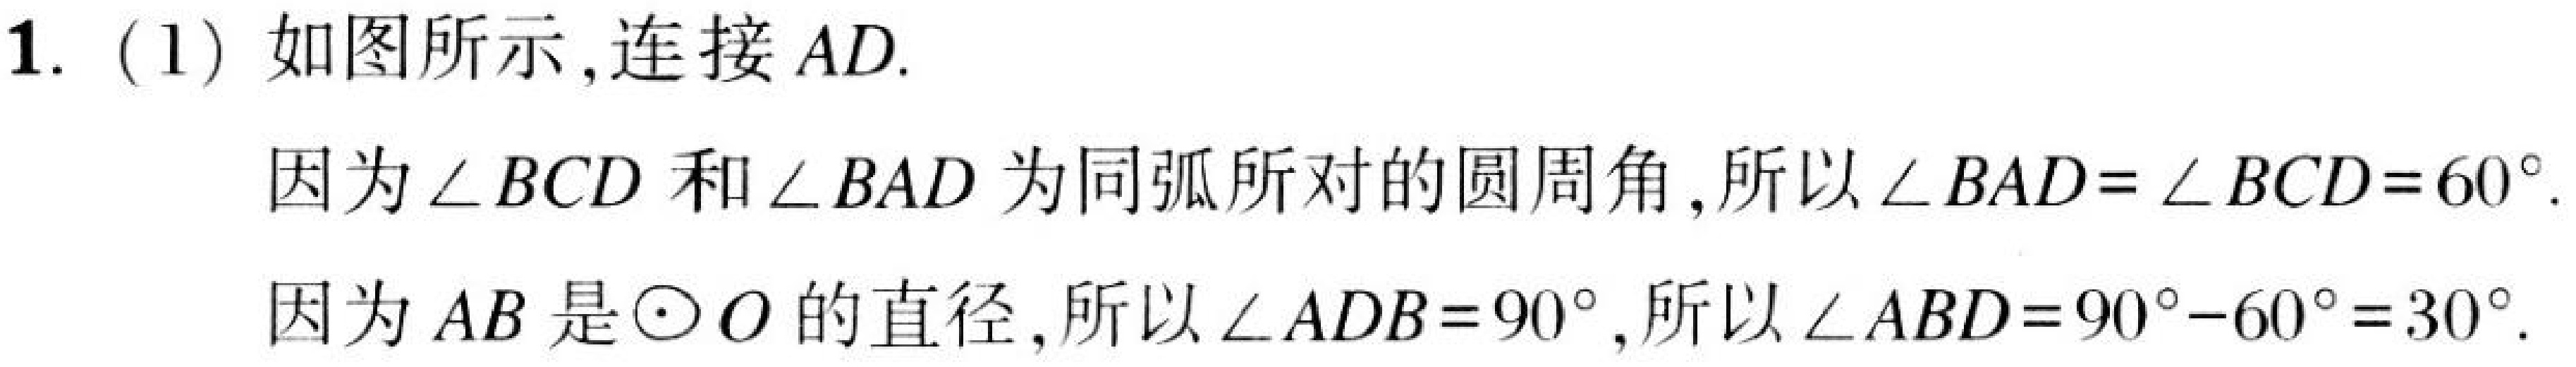
1. (1) 如图所示,连接 \(AD\).

因为\(\angle BCD\)和\(\angle BAD\)为同弧所对的圆周角,所以\(\angle BAD = \angle BCD = 60^{\circ}\).

因为 \(AB\) 是\(\odot O\)的直径,所以\(\angle ADB = 90^{\circ}\),所以\(\angle ABD = 90^{\circ}-60^{\circ}=30^{\circ}\).